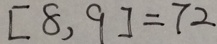
[ 8 , 9 ] = 7 2